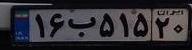
۱۶ب۵۱۵۲۰